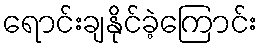
ရောင်းချနိုင်ခဲ့ကြောင်း